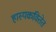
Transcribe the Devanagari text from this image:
हास्यकवितेत